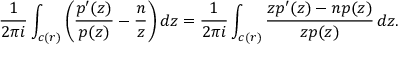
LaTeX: { \frac { 1 } { 2 \pi i } } \int _ { c ( r ) } \left( { \frac { p ^ { \prime } ( z ) } { p ( z ) } } - { \frac { n } { z } } \right) d z = { \frac { 1 } { 2 \pi i } } \int _ { c ( r ) } { \frac { z p ^ { \prime } ( z ) - n p ( z ) } { z p ( z ) } } \, d z .